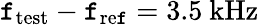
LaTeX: \mathtt{f}_{\mathrm{{test}}}-\mathtt{f}_{\mathrm{{re\mathtt{f}}}}=3.5~\mathrm{{kHz}}